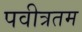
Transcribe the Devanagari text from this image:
पवीत्रतम